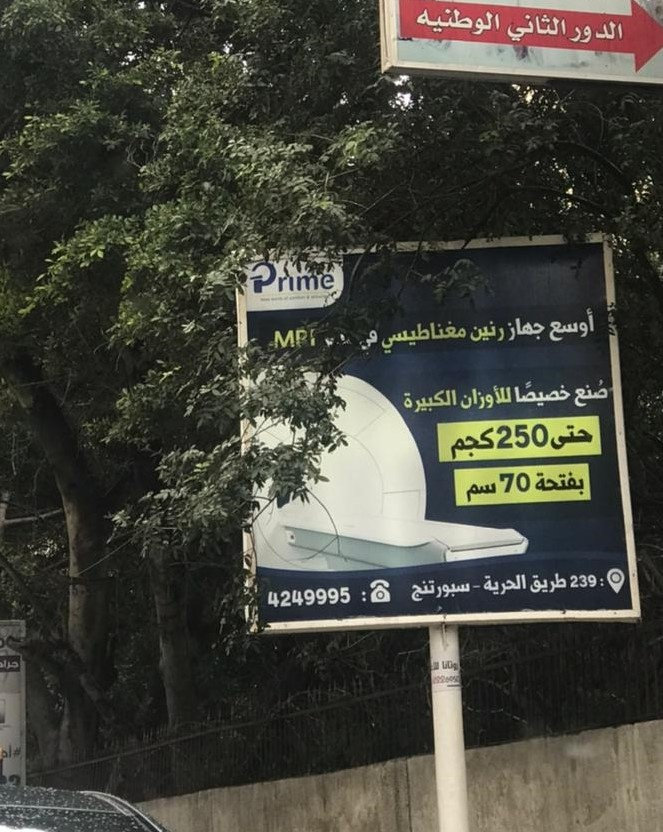
Text in image: الوطنية الثاني الدور أوسع جهاز رنين مغناطيسي صنع خصيصا للأوزان الكبيرة حتى كجم بفتحة سم طريق الحرية سبورتنج Prime 250 70 239 4249995